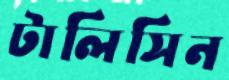
টালিসিন